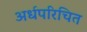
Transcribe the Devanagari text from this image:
अर्धपरिचित